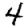
Digit: 4